Civil Veterinary Department Bihar & Orissa reports 1922-29 - 1922-1929
Year: 1922
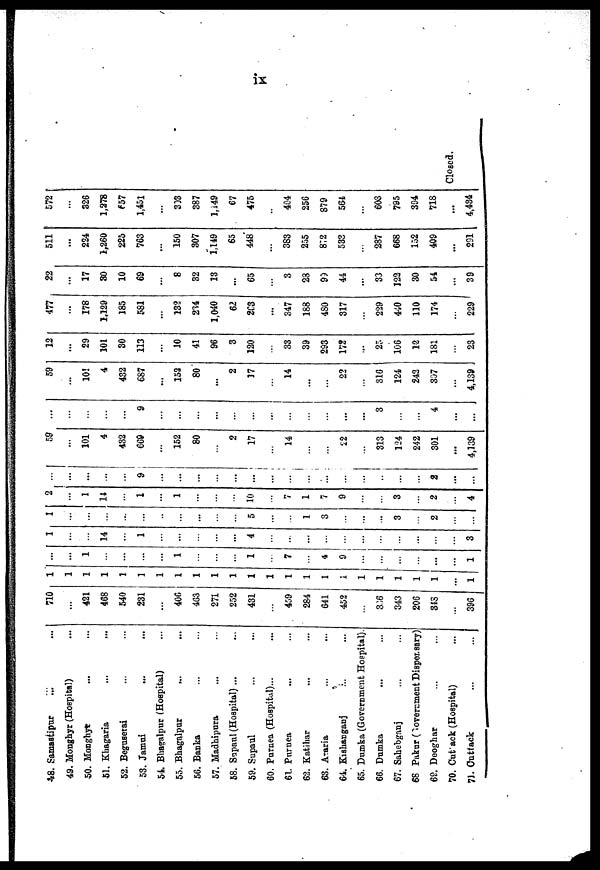
ix
48. Samastipur
49. Monghyr (Hospital)
50. Monghyr
51. Khagaria
52. Beguserai
53. Jamui
54. Bhagalpur (Hospital)
55. Bhagalpur
56. Banka
57. Madhipura
58. Sapaul (Hospital) ...
59. Supaul
60. Purnea (Hospital)...
61. Pnrnea
62. Katihar
63. Araria
64. Kishanganj
65. Dumka (Government Hospital).
66. Dumka
67. Sahebganj
68 Pakur (Government Disper. sary)
69. Deoghar
70. Cut ack (Hospital)
71. Cuttack
710
421
468
540
231
406
463
271
252
431
459
284
641
452
...
366
343
206
343
396
1
1
1
1
1
1
1
1
1
1
1
1
1
1
1
1
i
1
1
1
1
1
...
1
...
...
1
...
1
1
7
4
9
...
...
1
1
...
14
1
...
...
4
...
3
1
...
...
...
5
1
3
...
3
2
2
...
1
14
1
1
10
7
1
7
9
3
2
4
...
...
...
...
9
...
...
...
...
...
..
2
...
59
...
101
4
432
669
152
80
2
17
14
22
...
313
124
242
301
...
4,139
...
9
...
...
...
3
4
...
...
59
...
101
4
432
687
...
152
80
...
2
17
14
...
22
316
124
242
307
...
4,139
12
...
29
101
30
113
10
41
96
3
120
33
39
293
172
...
25
106
12
181
23
477
178
1,129
185
581
...
132
214
1,040
62
263
...
347
188
480
317
229
440
110
174
229
22
...
17
30
10
69
...
8
32
13
...
65
3
23
93
44
33
122
30
54
39
511
...
224
1,260
225
763
...
150
307
1,149
65
448
...
383
255
872
533
287
668
152
409
...
291
572
326
1,278
657
1,451
...
303
387
l,49
67
475
404
256
879
564
603
795
394
718
...
4,434
Closed.